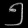
Digit: ၅